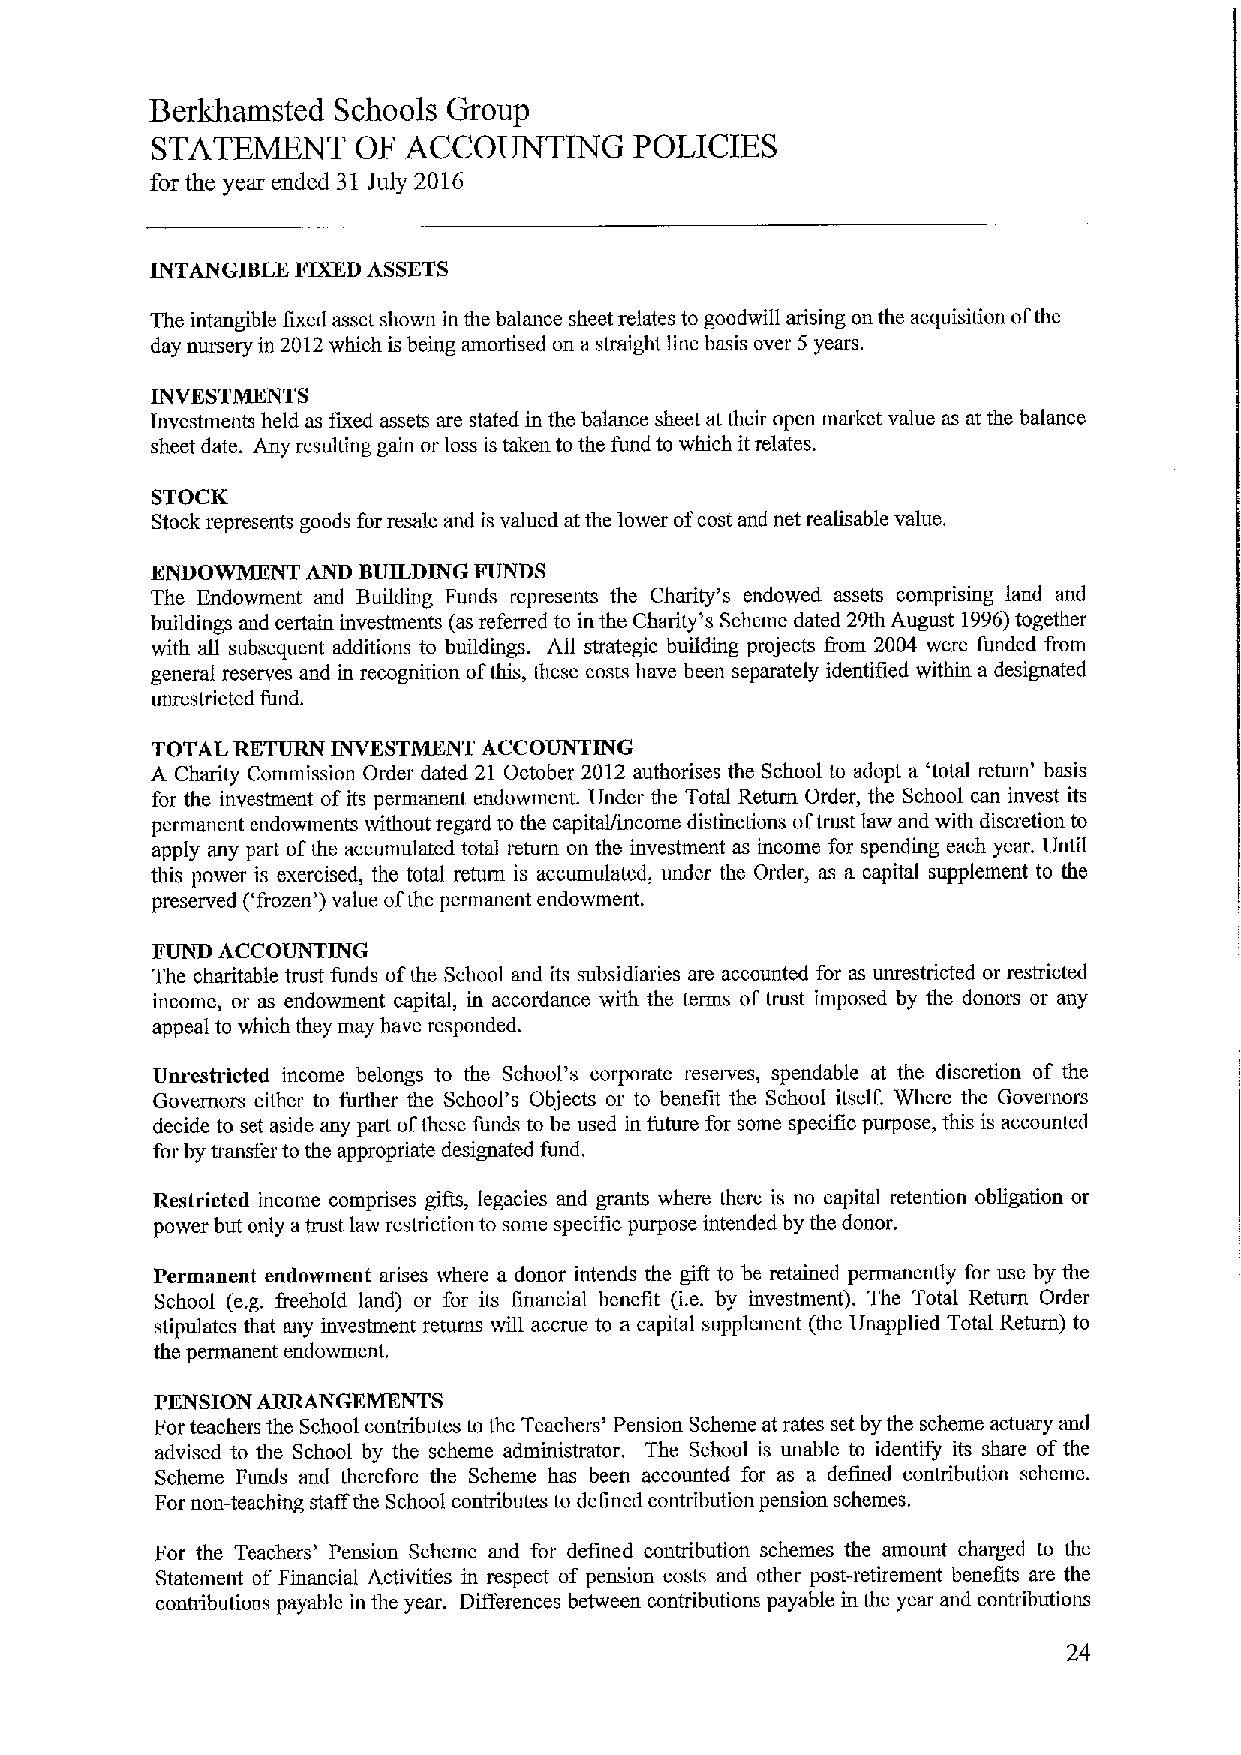
Berkhamsted Schools Group
 STATEMENT     OF ACCOUNTING     POLICIES
 for the year ended 31July 2016
 INTANGIBLE FIXEDASSETS
 The intangible fixed asset shown in the balance sheet relates to goodwill arising on the acquisition ofthe
 day nuisery in 2012which is being amortised on astraight line basis over 5years.
 INVESTMENTS
 Investments held as fixed assets are stated in the balance sheet at their open market value as at the balance
 sheet date. Any resulting gain or loss is taken to the fund to which itrelates.
 STOCK
 Stock represents goods for resale and is valued at the lower ofcost and net realisable value.
 ENDOWMENT AND BUILDING FUNDS
 The Endowment and Building Funds represents the Charity's endowed assets comprising land and
 buildings and certain investments (as referred to in the Charity's Scheme dated 29th August 1996)together
 with all subsequent additions to buildings. All strategic building projects from 2004 were funded from
 general reserves and in recognition ofthis, these costs have been separately identified within a designated
 unrestricted fund.
 TOTAL RETURN INVESTMENT ACCOUNTING
 A Charity Commission Order dated 21 October 2012 authorises the School to adopt a 'total return' basis
 for the investment ofits permanent endowment. Under the Total Return Order, the School can invest its
 permanent endowments without regard to the capitaVincome distinctions oftrust law and with discretion to
 apply any part ofthe accumulated total return on the investment as income for spending each year. Until
 this power is exercised, the total return is accumulated, under the Order, as a capital supplement to the
 preserved ('frozen') value ofthe permanent endowment.
 FUND ACCOUNTING
 The charitable trust funds ofthe School and its subsidiaries are accounted for as unrestricted or restricted
 income, or as endowment capital, in accordance with the terms oftrust imposed by the donom or any
 appeal to which they may have responded.
 Unrestricted income belongs to the School's corporate reserves, spendable at the discretion of the
 Governors either to further the School's Objects or to benefit the School itself. Where the Governors
 decide to set aside any part ofthese funds to be used in future for some specific purpose, this is accounted
 for by nansfer to the appropriate designated fund.
 Restricted income comprises gifts, legacies and grants where there is no capital retention obligation or
 power but only atrust law restriction to some specific purpose intended by the donor.
 Permanent endowment arises where a donor intends the gift to be retained permanently for use by the
 School (e.g, &eehold land) or for its financial benefit (i.e, by investment). The Total Return Order
 stipulates that any investment returns will accrue to a capital supplement (the Unapplied Total Return) to
 the permanent endowment.
 PENSION ARRANGEMENTS
 For teachers the School contributes to the Teachers' Pension Scheme at rates set by the scheme actuary and
 advised to the School by the scheme administrator, The School is unable to identify its share ofthe
 Scheme Funds and therefore the Scheme has been accounted for as a defined contribution scheme.
 For non-teaching staff the School contributes to defined contribution pension schemes.
 For the Teachers' Pension Scheme and for defined contribution schemes the amount charged to the
 Statement of Financial Activities in respect of pension costs and other post-retirement benefits are the
 conndbutions payable in the year. Differences between contributions payable in the year and contributions
 24